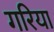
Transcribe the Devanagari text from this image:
गरिया